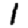
Digit: 1